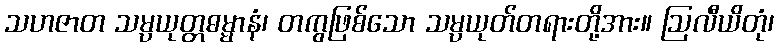
သဟဇာတ သမ္ပယုတ္တဓမ္မာနံ၊ တကွဖြစ်သော သမ္ပယုတ်တရားတို့အား။ ဩလီယိတုံ၊